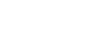
ဖြစ်တယ်။